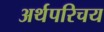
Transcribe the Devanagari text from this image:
अर्थपरिचय